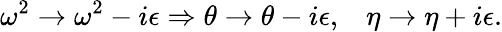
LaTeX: \omega^{2}\rightarrow\omega^{2}-i\epsilon\Rightarrow\theta\rightarrow\theta-i\epsilon,\; \; \; \eta\rightarrow\eta+i\epsilon.